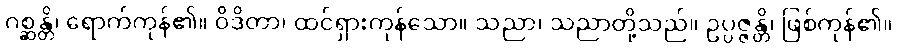
ဂစ္ဆန္တိ၊ ရောက်ကုန်၏။ ဝိဒိတာ၊ ထင်ရှားကုန်သော။ သညာ၊ သညာတို့သည်။ ဥပ္ပဇ္ဇန္တိ၊ ဖြစ်ကုန်၏။